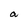
Character: a